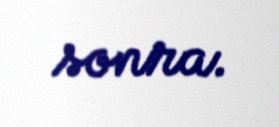
sonra.